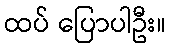
ထပ် ပြောပါဦး။